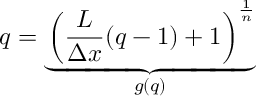
q = \underbrace { \left( \frac { L } { \Delta x } ( q - 1 ) + 1 \right) ^ { \frac { 1 } { n } } } _ { g ( q ) }